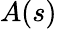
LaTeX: A(s)